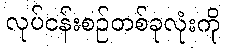
လုပ်ငန်းစဉ်တစ်ခုလုံးကို